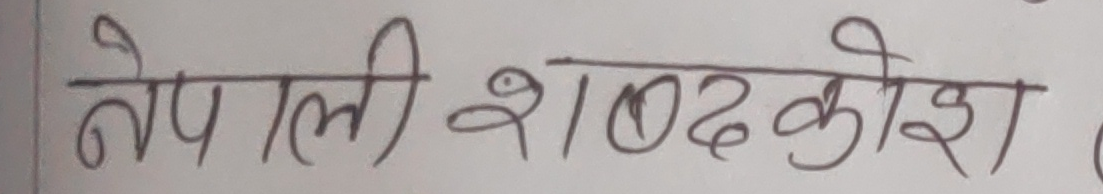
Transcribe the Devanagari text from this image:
नेपाली शब्दकोश